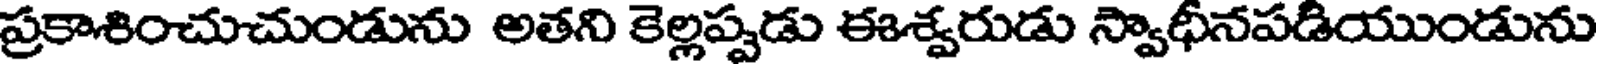
ప్రకాశించుచుండును అతని కెల్లప్పడు ఈశ్వరుడు స్వాధీనపడియుండును